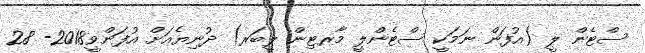
ސްޓެން ލީ (އުފަން ނަމަކީ ސްޓެންލީ މާރޓިން ލީބަރ) ދުނިޔެއަށް އުފަންވީ2018- 28